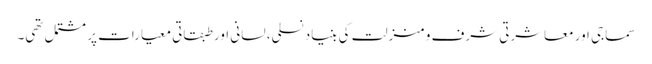
سماجی اور معاشرتی شرف و منزلت کی بنیاد نسلی، لسانی اور طبقاتی معیارات پر مشتمل تھی۔